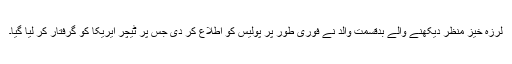
لرزہ خیز منظر دیکھنے والے بدقسمت والد نے فوری طور پر پولیس کو اطلاع کر دی جس پر ٹیچر ایریکا کو گرفتار کر لیا گیا۔